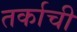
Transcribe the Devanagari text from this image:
तर्काची